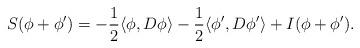
LaTeX: \begin{align*} S(\phi + \phi') = -\frac{1}{2}\langle \phi, D\phi \rangle - \frac{1}{2} \langle \phi', D \phi' \rangle + I(\phi + \phi').\end{align*}